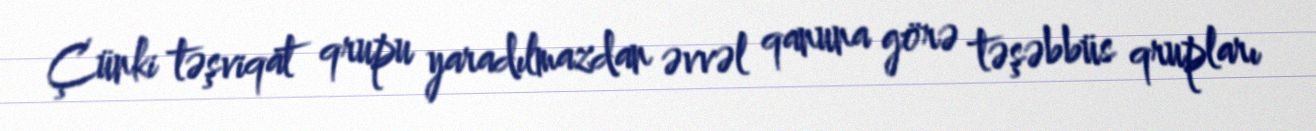
Çünki təşviqat qrupu yaradılmazdan əvvəl qanuna görə təşəbbüs qrupları